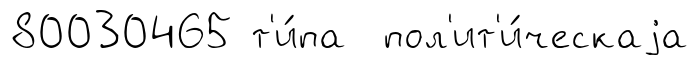
80030465 т'и́па пол'ит'и́ческаjа